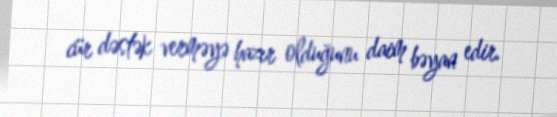
cür dəstək verməyə hazır olduğunu daim bəyan edir.